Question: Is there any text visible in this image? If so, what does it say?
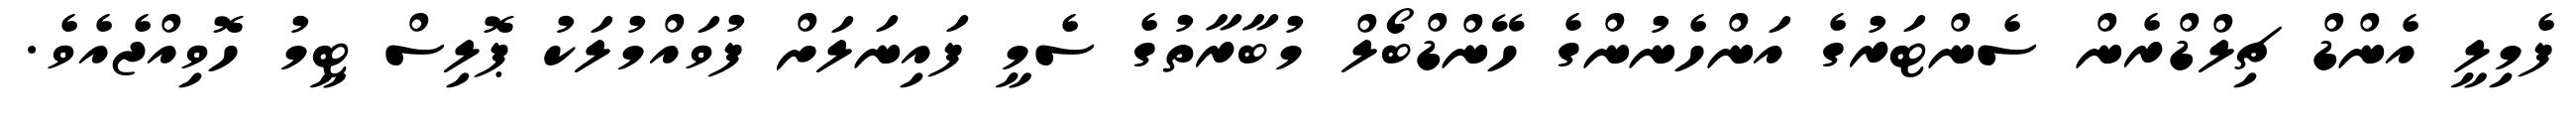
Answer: ފެމިލީ އެންޑް ޗިލްޑްރެން ސެންޓަރުގެ އަންހެނުންގެ ހޭންޑްބޯލް މުބާރާތުގެ ސެމީ ފައިނަލަށް ފުވައްމުލަކު ޕޮލިސް ޓީމު ހޮވިއްޖެއެވެ.